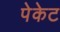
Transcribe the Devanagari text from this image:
पेकेट